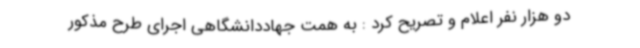
دو هزار نفر اعلام و تصریح کرد : به همت جهاددانشگاهی اجرای طرح مذکور